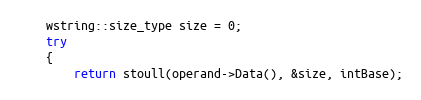
Language: C++
    wstring::size_type size = 0;
    try
    {
        return stoull(operand->Data(), &size, intBase);